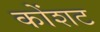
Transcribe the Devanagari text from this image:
कोंशट